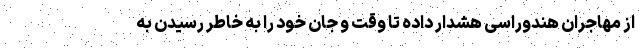
از مهاجران هندوراسی هشدار داده تا وقت و جان خود را به خاطر رسیدن به